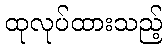
ထုလုပ်ထားသည့်